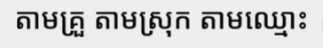
តាមគ្រួ តាមស្រុក តាមឈ្មោះ